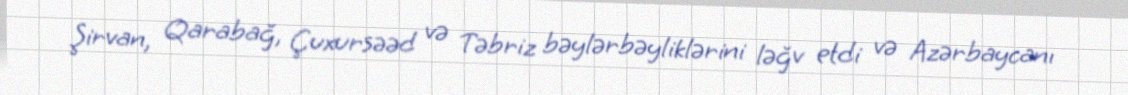
Şirvan, Qarabağ, Çuxursəəd və Təbriz bəylərbəyliklərini ləğv etdi və Azərbaycanı